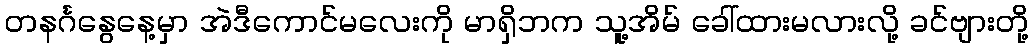
တနင်္ဂနွေနေ့မှာ အဲဒီကောင်မလေးကို မာရှိဘက သူ့အိမ် ခေါ်ထားမလားလို့ ခင်ဗျားတို့